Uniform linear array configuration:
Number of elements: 12
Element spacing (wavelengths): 0.25
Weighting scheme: hann
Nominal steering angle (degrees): -30
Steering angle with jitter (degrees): -29.236
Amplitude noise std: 0.05
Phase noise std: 0.05

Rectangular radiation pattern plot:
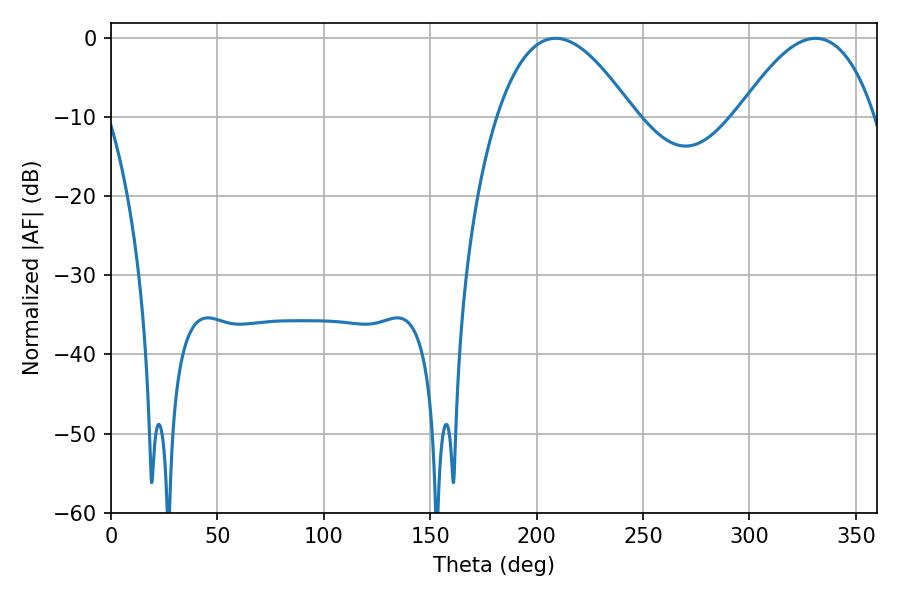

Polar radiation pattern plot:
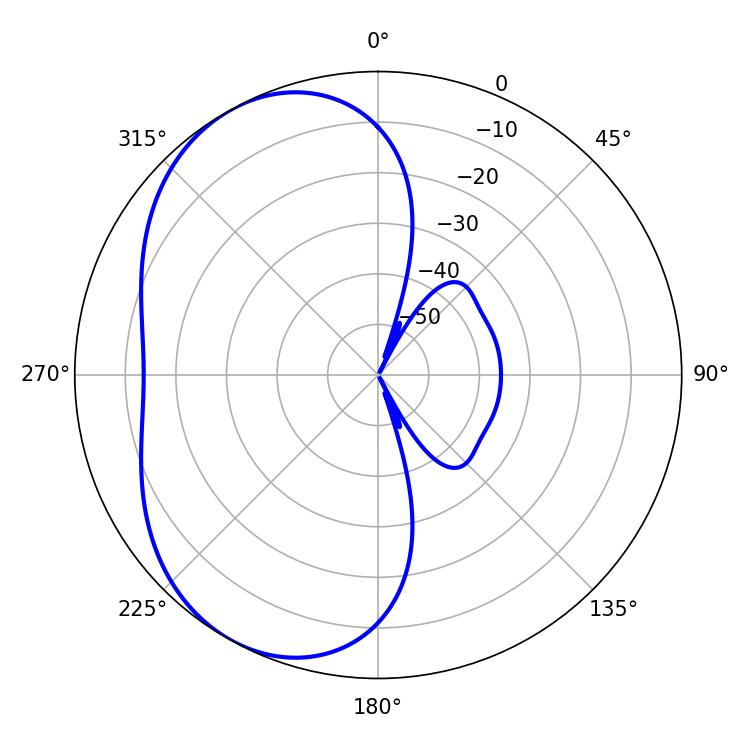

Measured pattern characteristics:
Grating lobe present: FALSE
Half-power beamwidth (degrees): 35.28
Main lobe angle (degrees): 208.98